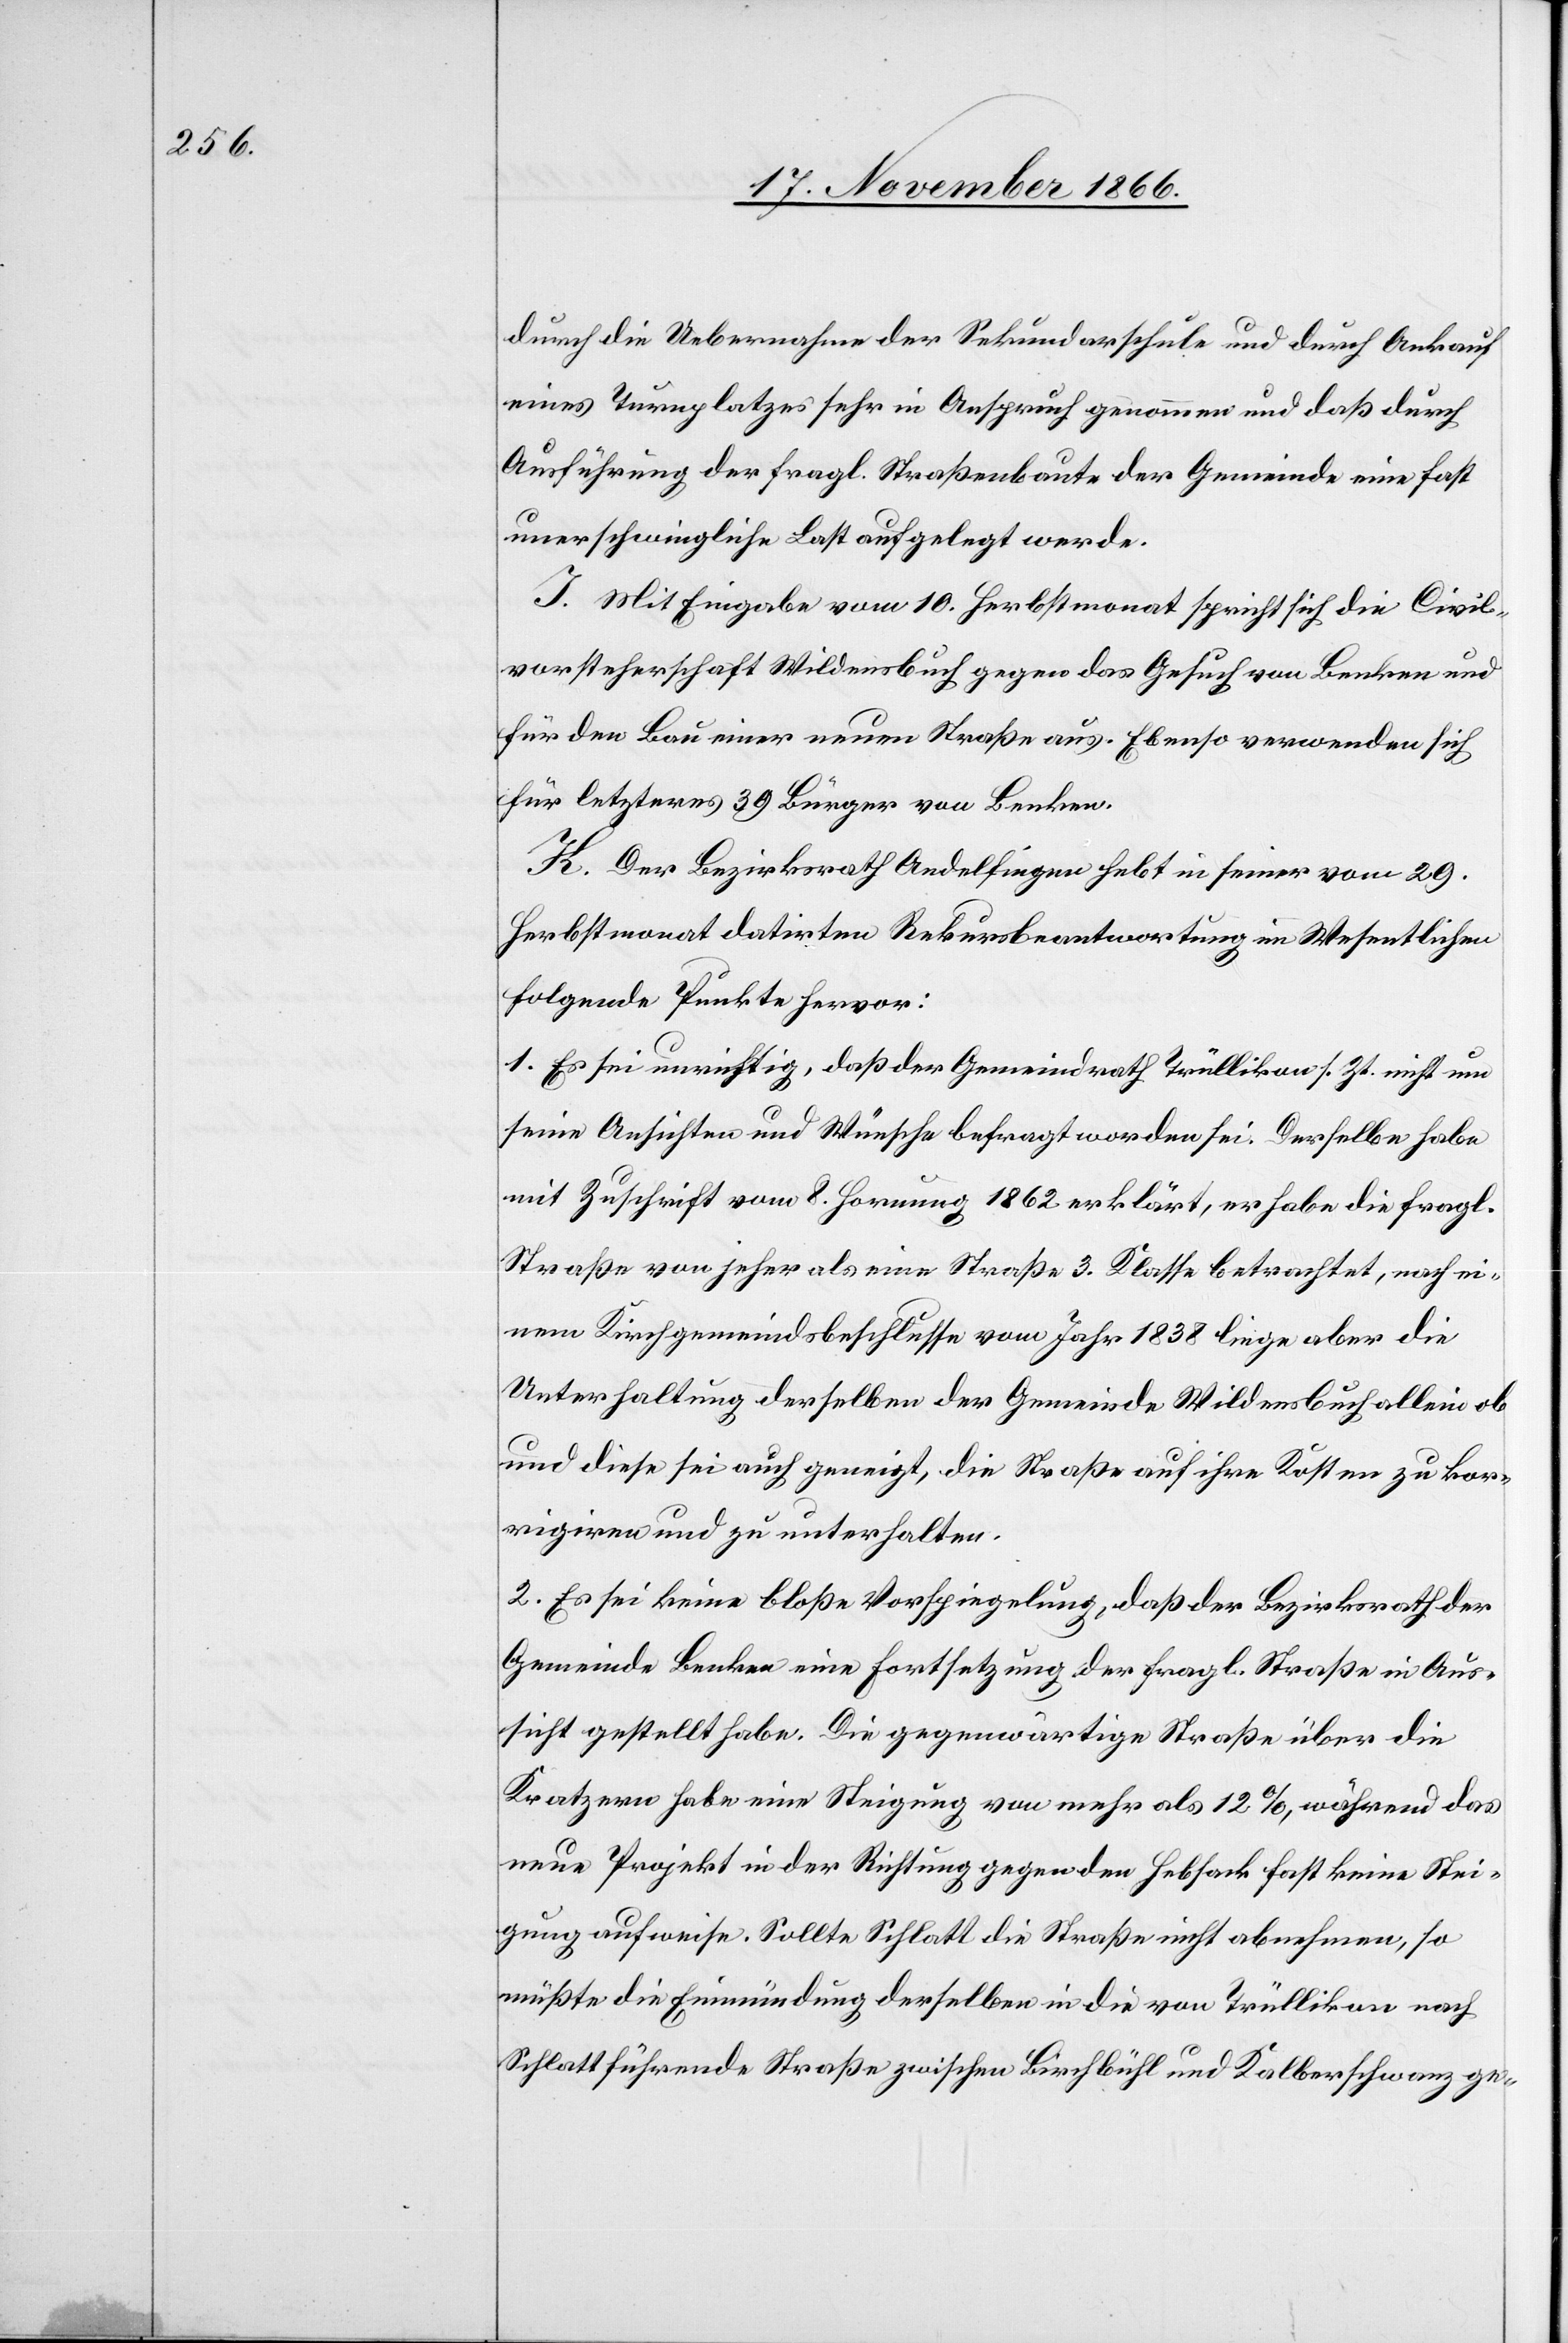
durch die Uebernahme der Sekundarschule und durch Ankauf
eines Turnplatzes sehr in Anspruch genommen und daß durch
Ausführung der fragl. Straßenbaute der Gemeinde eine fast
unerschwingliche Last aufgelegt werde.
I. Mit Eingabe vom 10. Herbstmonat spricht sich die Civil¬
vorsteherschaft Wildensbuch gegen das Gesuch von Benken und
für den Bau einer neuen Straße aus. Ebenso verwenden sich
für letzteres 39 Bürger von Benken.
K. Der Bezirksrath Andelfingen hebt in seiner vom 29.
Herbstmonat datirten Rekursbeantwortung im Wesentlichen
folgende Punkte hervor:
1. Es sei unrichtig, daß der Gemeindrath Trüllikon s. Zt. nicht um
seine Ansichten und Wünsche befragt worden sei. Derselbe habe
mit Zuschrift vom 8. Hornung 1862 erklärt, er habe die fragl.
Straße von jeher als eine Straße 3. Klasse betrachtet, nach ei¬
nem Kirchgemeindsbeschlusse vom Jahr 1838 liege aber die
Unterhaltung derselben der Gemeinde Wildensbuch allein ob
und diese sei auch geneigt, die Straße auf ihre Kosten zu kor¬
rigiren und zu unterhalten.
2. Es sei keine bloße Vorspiegelung, daß der Bezirksrath der
Gemeinde Benken eine Fortsetzung der fragl. Straße in Aus¬
sicht gestellt habe. Die gegenwärtige Straße über die
Kratzern habe eine Steigung von mehr als 12%, während das
neue Projekt in der Richtung gegen den Hebsack fast keine Stei¬
gung aufweise. Sollte Schlatt die Straße nicht abnehmen, so
müßte die Einmündung derselben in die von Trüllikon nach
Schlatt führende Straße zwischen Birchbühl und Kalberschwanz ge-